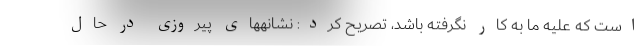
است که علیه ما به کار نگرفته باشد، تصریح کرد: نشانههای پیروزی در حال